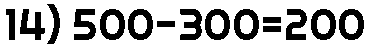
14) 500-300=200